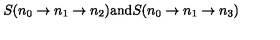
S ( n _ { 0 } \to n _ { 1 } \to n _ { 2 } ) \mathrm { a n d } S ( n _ { 0 } \to n _ { 1 } \to n _ { 3 } )